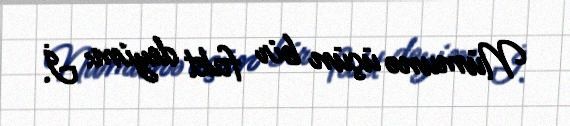
Nümunə üçün bir fakt deyim: İ.